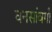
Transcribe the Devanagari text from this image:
घनसांवगी